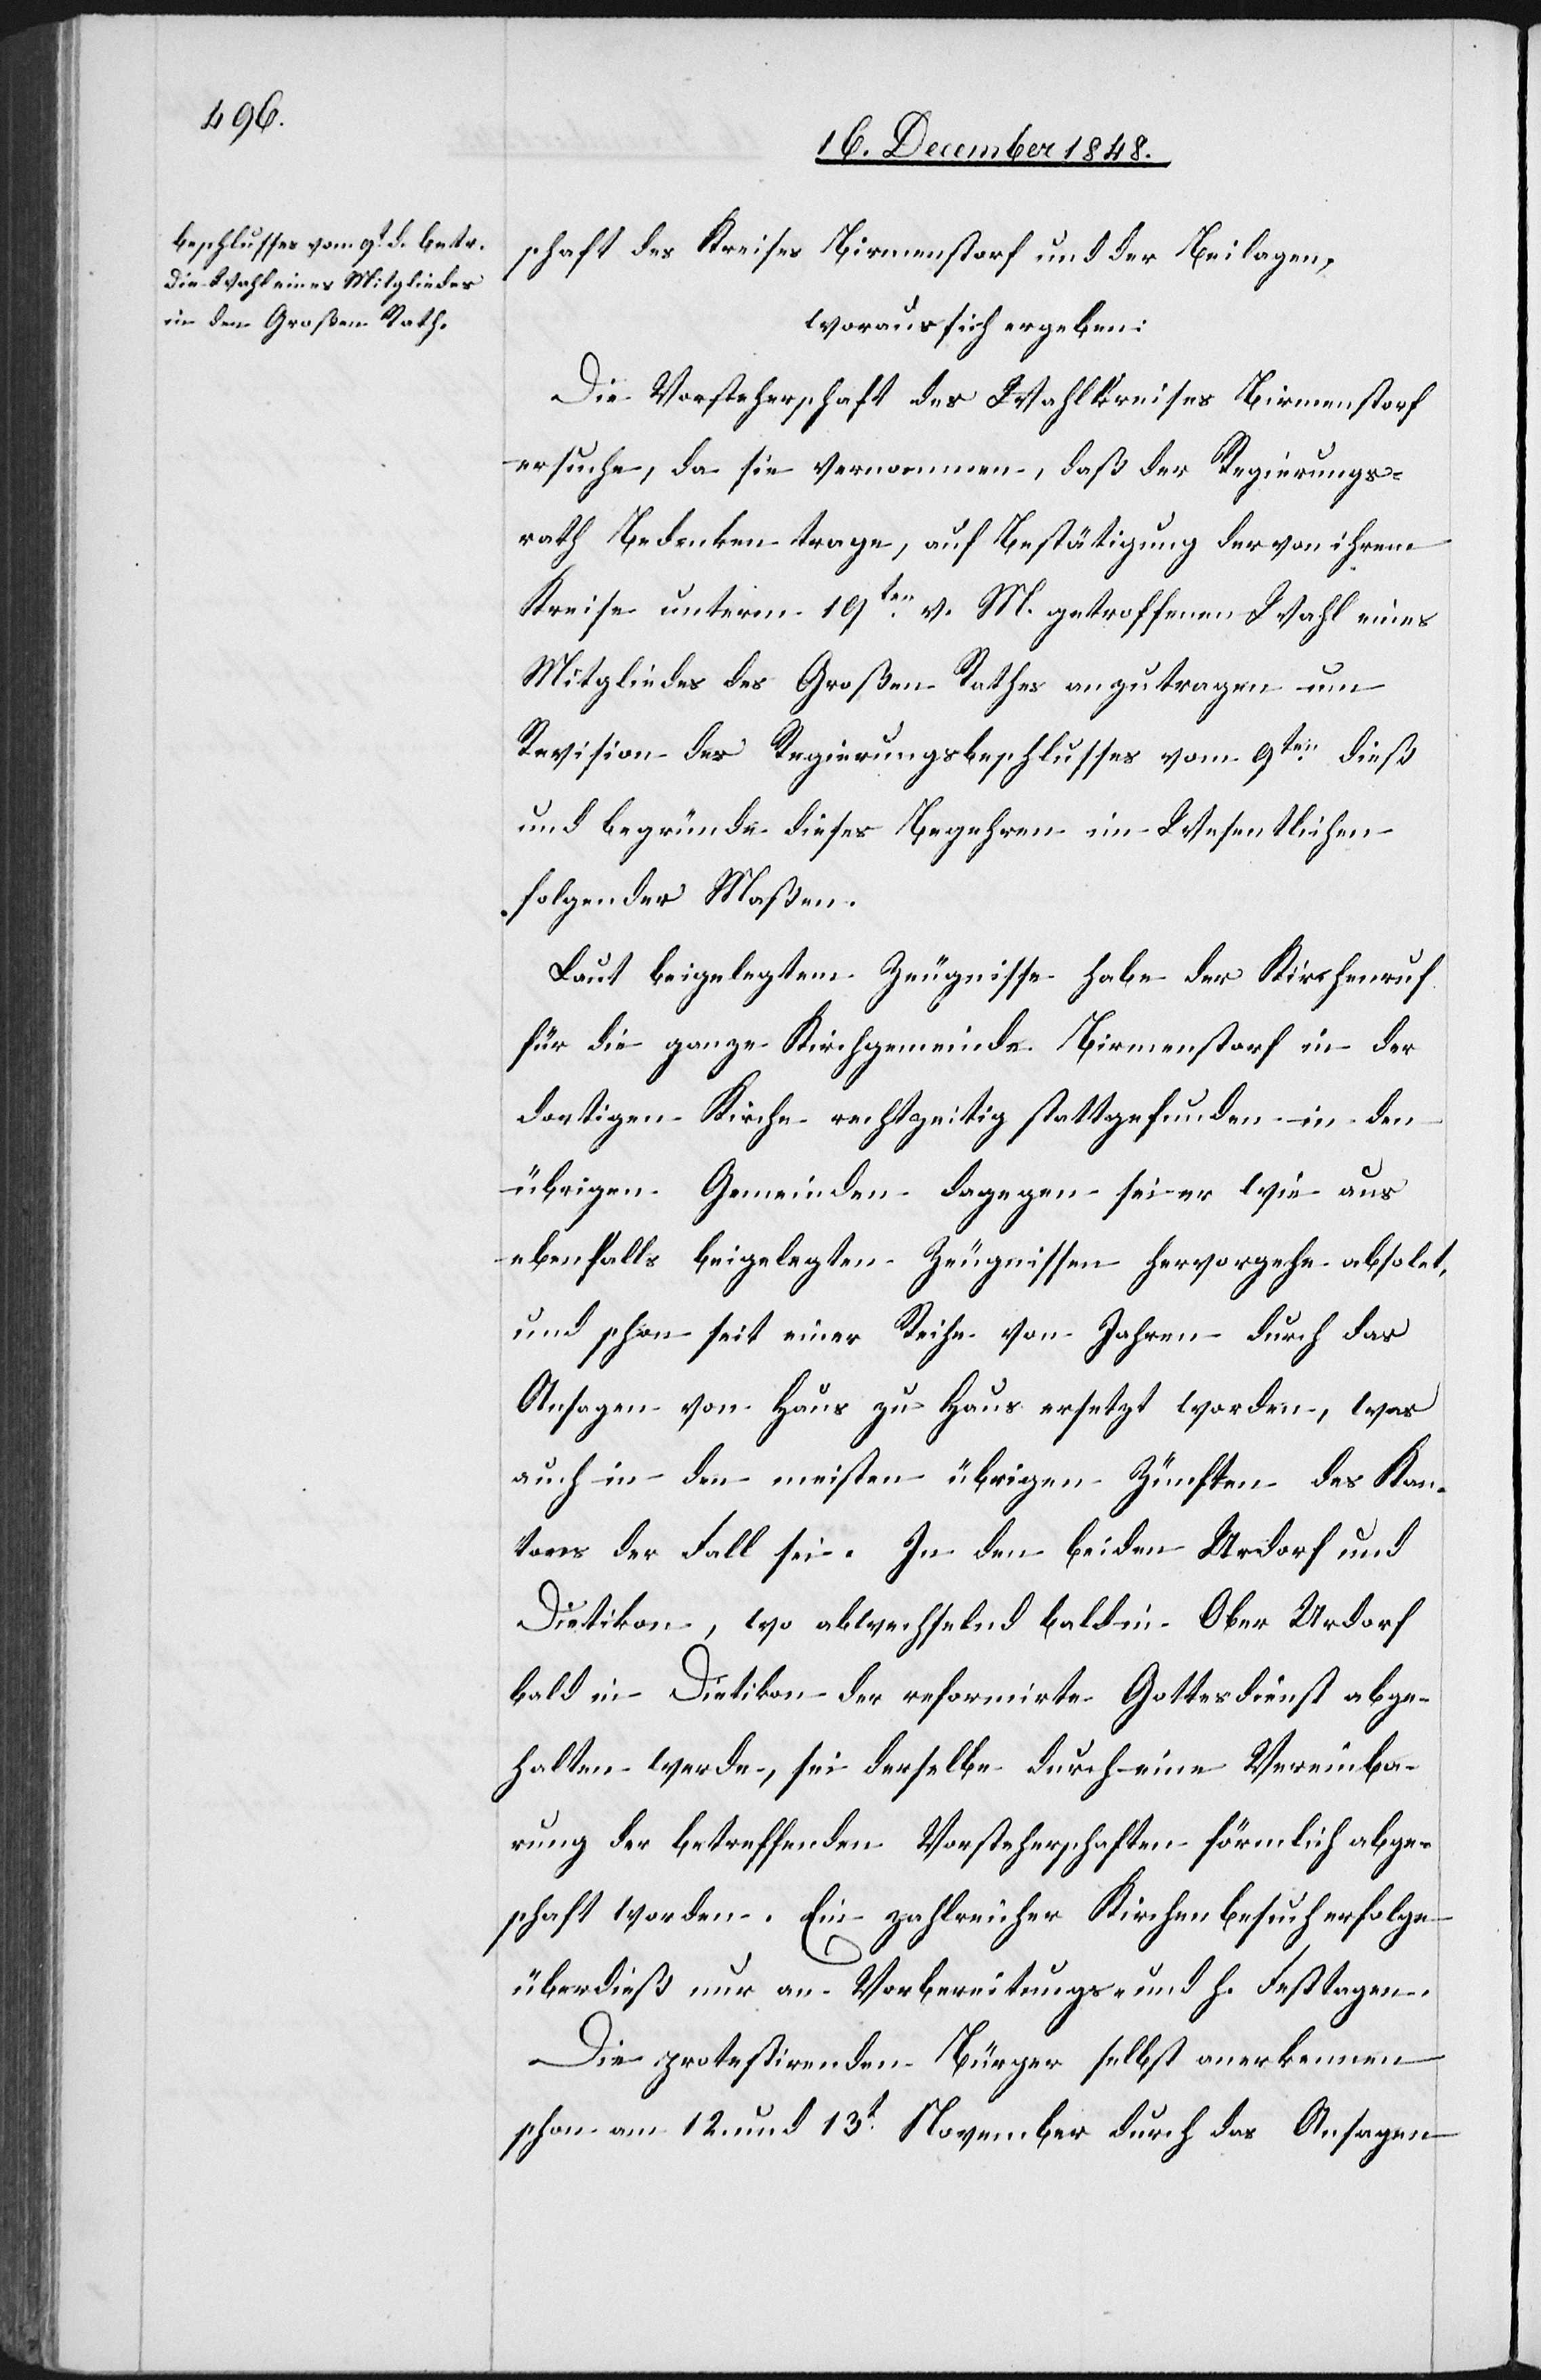
schaft des Kreises Birmenstorf und der Beilagen,
woraus sich ergeben
Die Vorsteherschaft des Wahlkreises Birmenstorf
ersuche, da sie vernommen, daß der Regierungs¬
rath Bedenken trage, auf Bestätigung der von ihrem
Kreise unterm 19ten v. M. getroffenen Wahl eines
Mitgliedes des Großen Rathes anzutragen[,] um
Revision des Regierungsbeschlusses vom 9ten dieß
und begründe dieses Begehren im Wesentlichen
folgender Maßen.
Laut beigelegtem Zeugnisse habe der Kirchenruf
für die ganze Kirchgemeinde Birmenstorf in der
dortigen Kirche rechtzeitig stattgefunden in den
übrigen Gemeinden dagegen sei er wie aus
ebenfalls beigelegten Zeugnissen hervorgehe obsolet,
und schon seit einer Reihe von Jahren durch das
Ansagen von Haus zu Haus ersetzt worden, was
auch in den meisten übrigen Zünften des Kan¬
tons der Fall sei. In den beiden [Gemeinden]
Dietikon, wo abwechselnd bald in Ober[-]Urdorf
bald in Dietikon der reformirte Gottesdienst abge¬
halten werde, sei derselbe durch eine Vereinba¬
rung der betreffenden Vorsteherschaften förmlich abge¬
schaft worden. Ein zahlreicher Kirchenbesuch erfolge
überdieß nur an Vorbereitungs- und h. Festtagen.
Die protestirenden Bürger selbst anerkennen
schon am 12. und 13t November durch das Ansagen